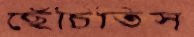
ছেঁচিতিস